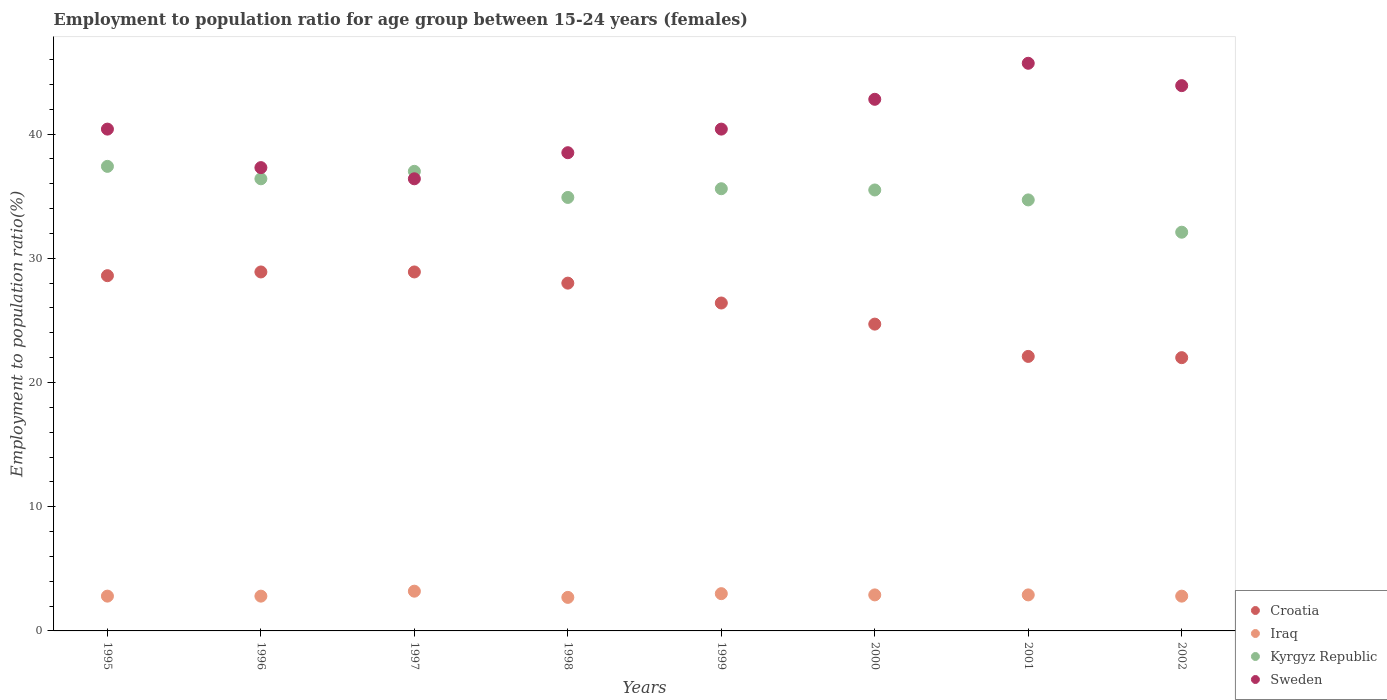
| Years | Croatia | Iraq | Kyrgyz Republic | Sweden |
 | --- | --- | --- | --- | --- |
 | 1995 | 28.6 | 2.8 | 37.4 | 40.4 |
 | 1996 | 28.9 | 2.8 | 36.4 | 37.3 |
 | 1997 | 28.9 | 3.2 | 37 | 36.4 |
 | 1998 | 28 | 2.7 | 34.9 | 38.5 |
 | 1999 | 26.4 | 3 | 35.6 | 40.4 |
 | 2000 | 24.7 | 2.9 | 35.5 | 42.8 |
 | 2001 | 22.1 | 2.9 | 34.7 | 45.7 |
 | 2002 | 22 | 2.8 | 32.1 | 43.9 |